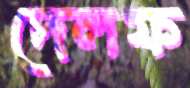
দেলফ